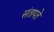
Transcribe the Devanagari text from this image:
संतापते